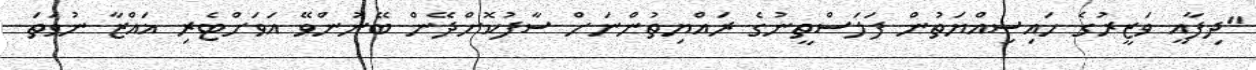
"ދިފާއީ ވަޒީރުގެ ހައިސިއްޔަތުން ފަލަސްތީނުގެ ރައްޔިތުންނަށް ސާފުކޮށްދޭން ބޭނުންވޭ އަވަށްޓެރި ޣައްޒާ ނުވަތަ